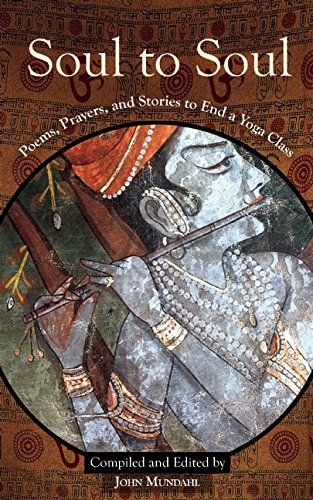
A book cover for Soul to Soul: Poems, Prayers and Stories to End a Yoga Class; Religion & Spirituality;